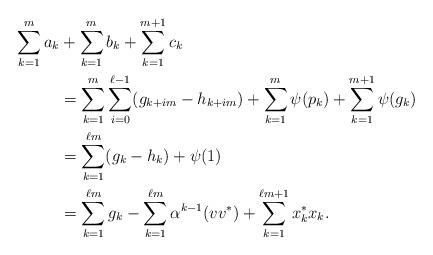
LaTeX: \begin{align*}\sum_{k=1}^m a_k &+ \sum_{k=1}^m b_k + \sum_{k=1}^{m+1} c_k \\&= \sum_{k=1}^m\sum_{i=0}^{\ell -1} (g_{k+im}-h_{k+im}) + \sum_{k=1}^m \psi(p_k) + \sum_{k=1}^{m+1} \psi(g_k) \\&= \sum_{k=1}^{\ell m} (g_k - h_k) + \psi(1) \\&= \sum_{k=1}^{\ell m}g_k - \sum_{k=1}^{\ell m} \alpha^{k-1}(vv^*) + \sum_{k= 1}^{\ell m + 1} x_k^*x_k.\end{align*}